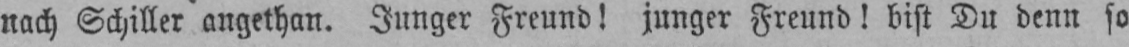
nach Schiller angethan. Junger Freund! junger Freund! bist Du denn so